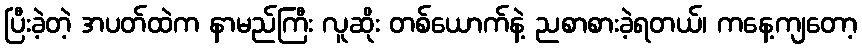
ပြီးခဲ့တဲ့ အပတ်ထဲက နာမည်ကြီး လူဆိုး တစ်ယောက်နဲ့ ညစာစားခဲ့ရတယ်၊ ကနေ့ကျတော့